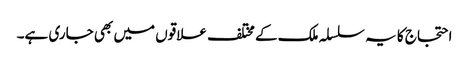
احتجاج کا یہ سلسلہ ملک کے مختلف علاقوں میں بھی جاری ہے۔